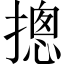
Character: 摠